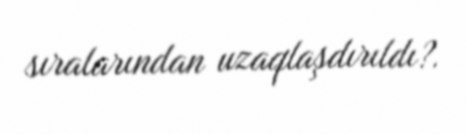
sıralarından uzaqlaşdırıldı?.